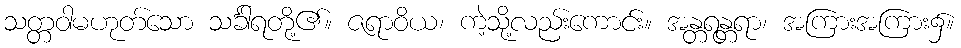
သတ္တဝါမဟုတ်သော သင်္ခါရတို့၏။ ဇရာဝိယ၊ ကဲ့သို့လည်းကောင်း။ အန္တရန္တရာ၊ အကြားအကြား၌။